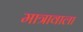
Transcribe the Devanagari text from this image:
मात्रावाला